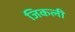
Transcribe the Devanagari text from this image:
जिकली